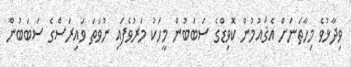
ވިދާޅުވެ މިހާތަނަށް އެޤައުމުން ކޮވިޑްގެ ސަބަބުން މީހަކު މަރުވެފައި ނުވަތަ ވައިރަސްގެ ސަބަބުން